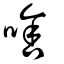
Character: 啥